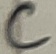
Text: C